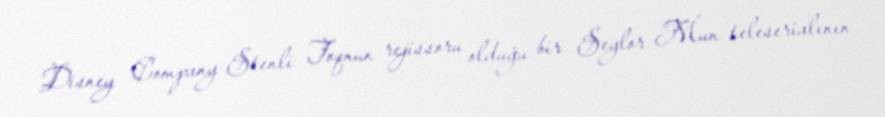
Disney Company Stenli Toqnun rejissoru olduğu bir Seylor Mun teleserialının